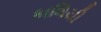
કાલિચી